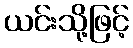
ယင်းသို့ဖြင့်